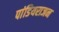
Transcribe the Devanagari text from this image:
पांडियराजन